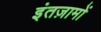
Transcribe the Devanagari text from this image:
इंतज़ामों